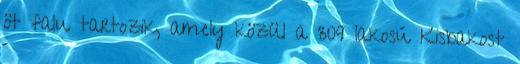
öt falu tartozik, amely közül a 309 lakosú Kisbakost